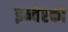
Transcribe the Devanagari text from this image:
इन्वेस्को